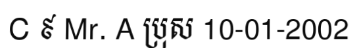
C ៩ Mr. A ប្រុស 10-01-2002